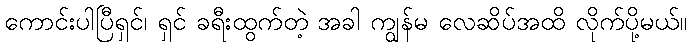
ကောင်းပါပြီရှင်၊ ရှင် ခရီးထွက်တဲ့ အခါ ကျွန်မ လေဆိပ်အထိ လိုက်ပို့မယ်။